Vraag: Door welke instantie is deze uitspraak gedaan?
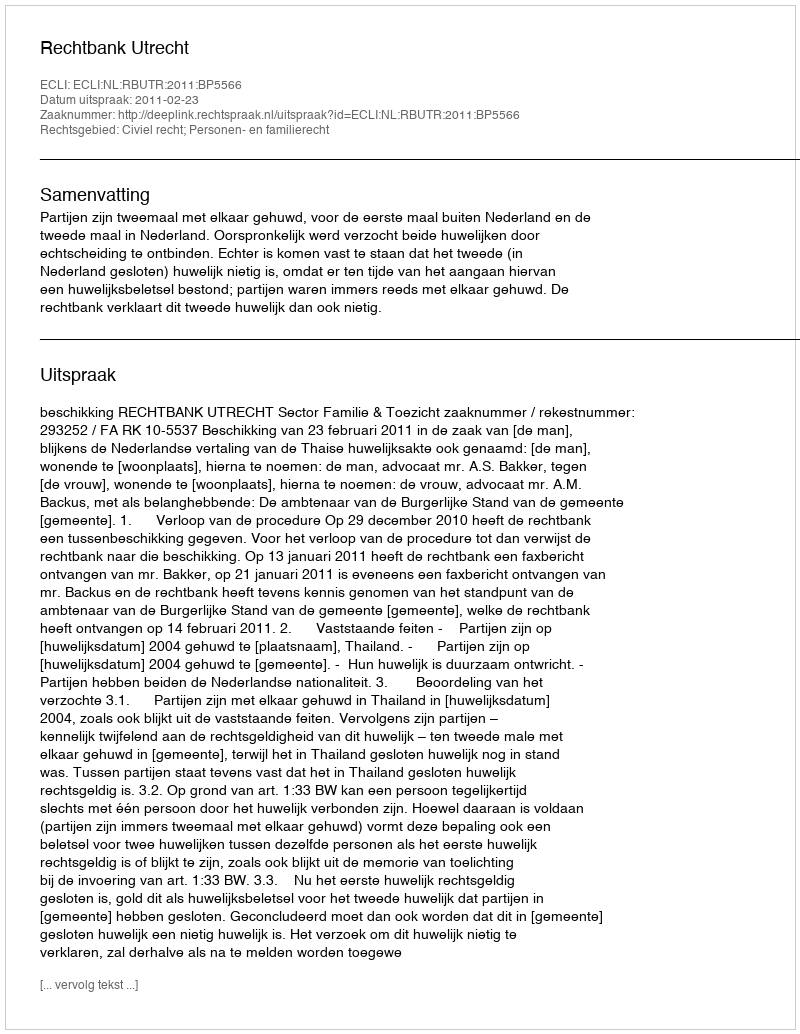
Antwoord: Rechtbank Utrecht